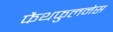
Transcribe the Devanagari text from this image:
फैथफुलनेस